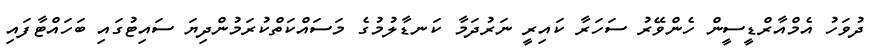
ދުވަހު އެމްއާރްޑީސީން ހެންވޭރު ސަހަރާ ކައިރީ ނަރުދަމާ ކަނޑާލުމުގެ މަސައްކަތްކުރަމުންދިޔަ ސައިޓުގައި ބަހައްޓާފައި